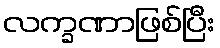
လက္ခဏာဖြစ်ပြီး